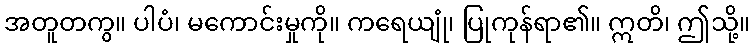
အတူတကွ။ ပါပံ၊ မကောင်းမှုကို။ ကရေယျုံ၊ ပြုကုန်ရာ၏။ ဣတိ၊ ဤသို့။